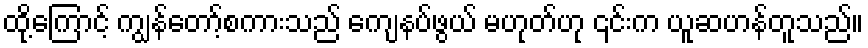
ထို့ကြောင့် ကျွန်တော့်စကားသည် ကျေနပ်ဖွယ် မဟုတ်ဟု ၎င်းက ယူဆဟန်တူသည်။